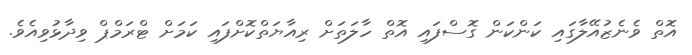
އޮތް ވެނެޒުއޭލާގައި ކަންކަން ގޮސްފައި އޮތް ހާލަތަށް ރިއާޔަތްކޮށްފައި ކަމަށް ޓްރަމްޕް ވިދާޅުވިއެވެ.